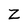
Character: Z